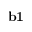
{ \bf b 1 }